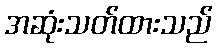
အဆုံးသတ်ထားသည်